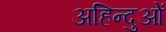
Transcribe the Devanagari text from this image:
अहिन्दुओं